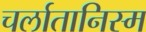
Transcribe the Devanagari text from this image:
चर्लातानिस्म